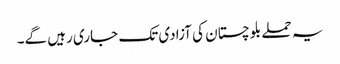
یہ حملے بلوچستان کی آزادی تک جاری رہیں گے۔